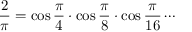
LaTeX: { \frac { 2 } { \pi } } = \cos { \frac { \pi } { 4 } } \cdot \cos { \frac { \pi } { 8 } } \cdot \cos { \frac { \pi } { 1 6 } } \cdots